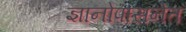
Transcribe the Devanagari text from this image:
ज्ञानोपासनेत